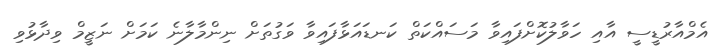
އެމްއާރުޑީސީ އާއި ހަވާލުކޮށްފައިވާ މަސައްކަތް ކަނޑައަޅާފައިވާ ވަގުތަށް ނިންމާލާނެ ކަމަށް ނަޒީމް ވިދާޅުވި